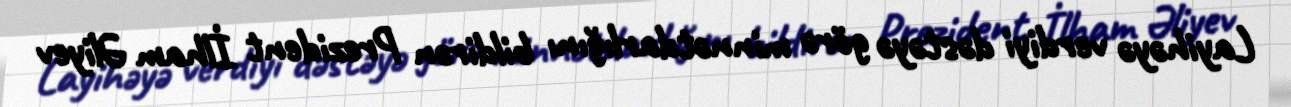
Layihəyə verdiyi dəstəyə görə minnətdarlığını bildirən Prezident İlham Əliyev